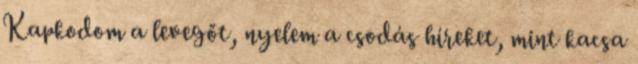
Kapkodom a levegőt, nyelem a csodás híreket, mint kacsa